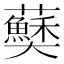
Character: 𫰅